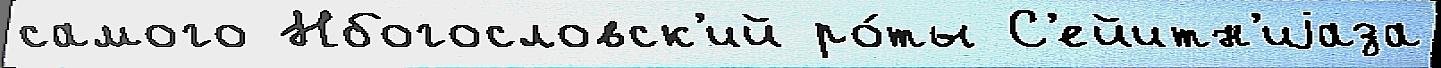
самого Нбогословск'ий ро́ты С'ейитн'иjаза